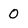
Character: 0